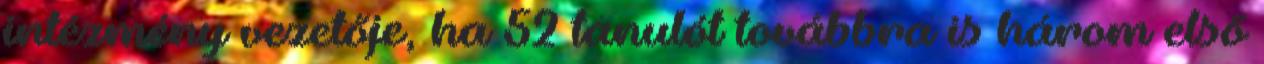
intézmény vezetője, ha 52 tanulót továbbra is három első